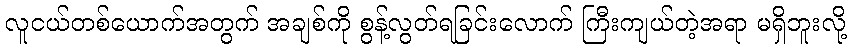
လူငယ်တစ်ယောက်အတွက် အချစ်ကို စွန့်လွတ်ရခြင်းလောက် ကြီးကျယ်တဲ့အရာ မရှိဘူးလို့